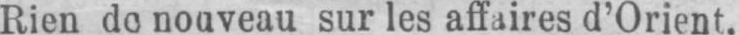
nouveau sur les affaires d’Orient.